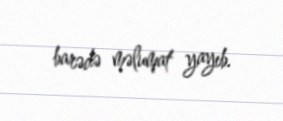
barədə məlumat yayıb.